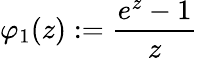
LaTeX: \varphi_{1}(z):=\frac{e^{z}-1}z